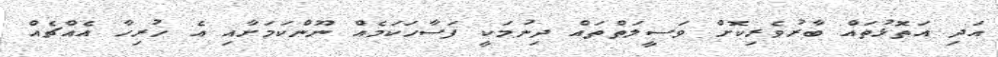
އަދި އަތޮޅުތައް ބާރުވެރިކޮށް ވަސީލަތްތައް ދިނުމަކީ ފަސާހަކަމެއް ނޫންކަމަށާއި އެ ހުރިހާ އެއްޗެއް